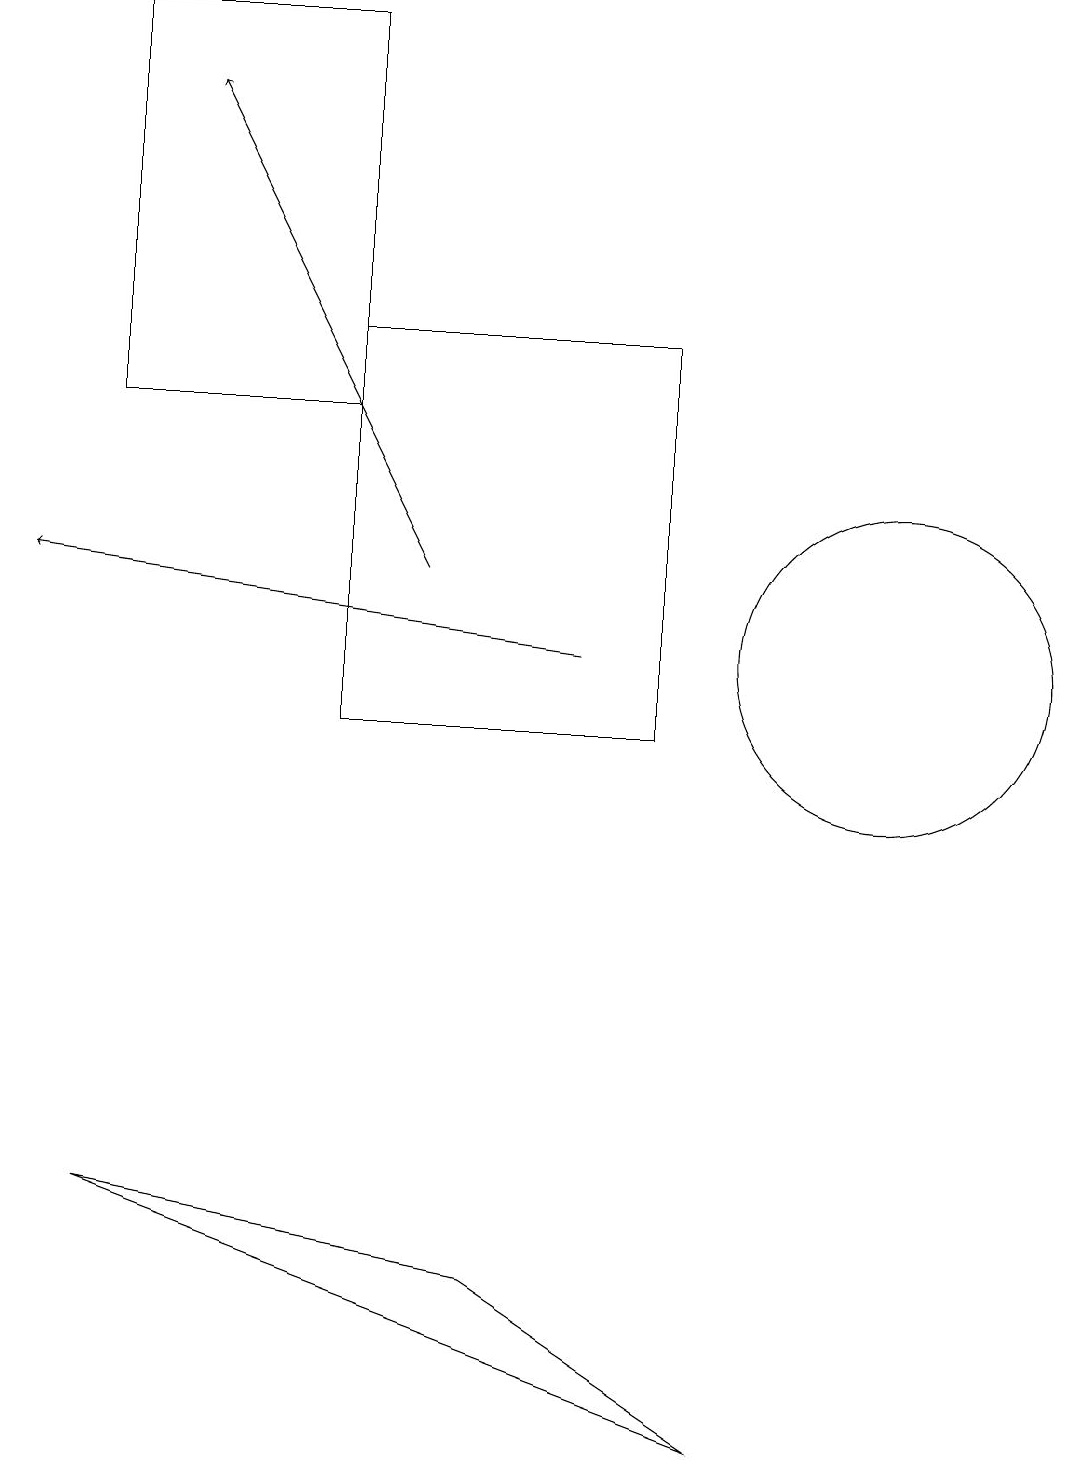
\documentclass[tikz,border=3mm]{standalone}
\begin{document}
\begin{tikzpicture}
\draw[->] (5,12) -- (2,18);
\draw (4,15) rectangle (8,10);
\draw (4,19) rectangle (1,14);
\draw[->] (7,11) -- (0,12);
\draw (6,3) -- (9,1) -- (1,4) -- cycle;
\draw (11,11) circle (2);
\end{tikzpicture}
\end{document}